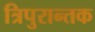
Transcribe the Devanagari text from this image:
त्रिपुरान्तक